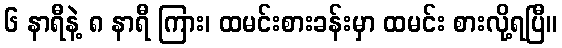
၆ နာရီနဲ့ ၈ နာရီ ကြား၊ ထမင်းစားခန်းမှာ ထမင်း စားလို့ရပြီ။